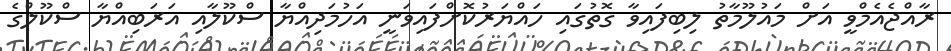
ރާއްޖެއެމްވީ އަށް މައުލޫމާތު ލިބިފައިވާ ގޮތުގައި ހައްޔަރުކޮށްފައިވަނީ އަހުމަދިއްޔާ ސްކޫލާއި އަރަބިއްޔާ ސްކޫލްގެ